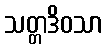
သတ္တဒိဝသာ